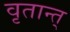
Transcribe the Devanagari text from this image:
वृतान्त्